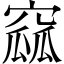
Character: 窳